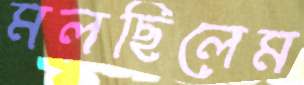
মলছিলেম